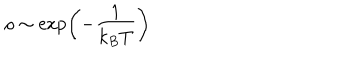
LaTeX: \rho \sim \exp \left( - \frac { 1 } { k _ { B } T } \right)